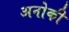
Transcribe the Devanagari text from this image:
अनोकी